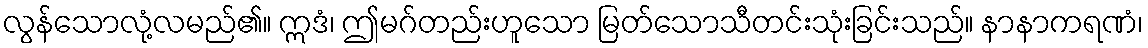
လွန်သောလုံ့လမည်၏။ ဣဒံ၊ ဤမဂ်တည်းဟူသော မြတ်သောသီတင်းသုံးခြင်းသည်။ နာနာကရဏံ၊